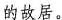
的故居。